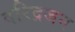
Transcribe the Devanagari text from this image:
दरिद्रजन